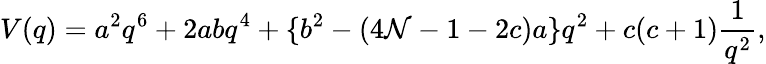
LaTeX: V(q)=a^{2}q^{6}+2abq^{4}+\{ b^{2}-(4{\cal N}-1-2c)a\} q^{2}+c(c+1)\frac{1}{q^{2}},